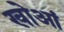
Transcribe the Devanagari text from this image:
खोआं